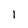
Character: 1